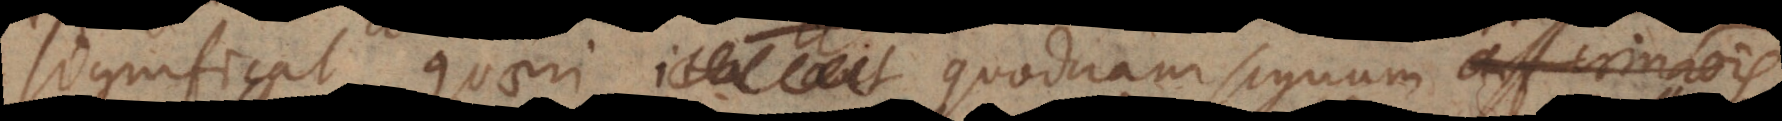
significat quaeri ita aut quodnam signum affirmationis